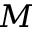
M